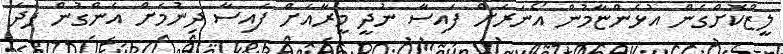
ލީޒްކޮށްގެން އުޅެންޏާމުން އޯނަރަށް ފައިސާ ނުދީ މީރާއަށް ފައިސާ ދިނުމަށް އެންގުން ފަދަ